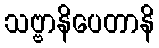
သဗ္ဗာနိပေတာနိ